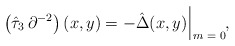
\begin{align*}\left( \hat{\tau}_3 \, \partial^{- 2} \right) (x, y) = - \hat{\Delta} (x, y) \, \rule[-3mm]{.14mm}{8.5mm} \raisebox{-2.85mm}{\scriptsize{$\; m = 0$}} ,\end{align*}